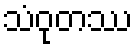
သံဝုတဿ